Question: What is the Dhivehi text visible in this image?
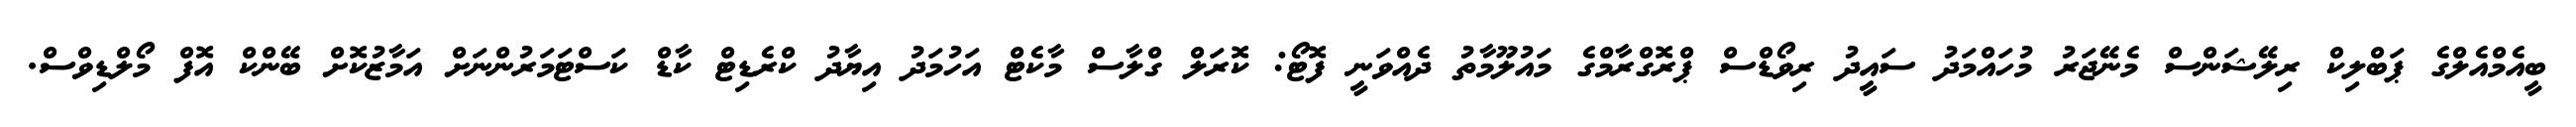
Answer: ބީއެމްއެލްގެ ޕަބްލިކް ރިލޭޝަންސް މެނޭޖަރު މުހައްމަދު ސައީދު ރިވޯޑްސް ޕްރޮގްރާމްގެ މައުލޫމާތު ދެއްވަނީ ފޮޓޯ: ކޮރަލް ގްލާސް މާކެޓް އަހުމަދު އިޔާދު ކްރެޑިޓް ކާޑް ކަސްޓަމަރުންނަށް އަމާޒުކޮށް ބޭންކް އޮފް މޯލްޑިވްސް.